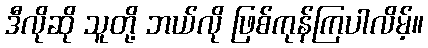
ဒီလိုဆို သူတို့ ဘယ်လို ဖြစ်ကုန်ကြပါလိမ့်။